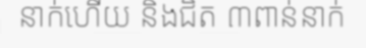
នាក់ហើយ និងជិត ៣ពាន់នាក់